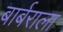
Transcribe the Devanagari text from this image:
बार्बराला